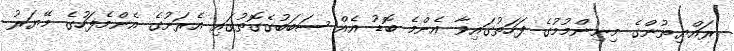
ރައްޔިތުންގެ މިނިންމުމުގެ ފަހަތުގައިވާ އެންމެ ބޮޑު އެއް ސަބަބުގެގޮތުގައި އެރަށުގެ އެންމެފަހުގެ މޭޔަރު